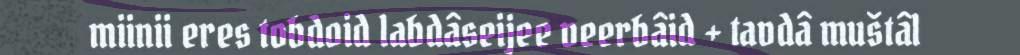
miinii eres tobdoid labdâseijee veerbâid + tavdâ muštâl